Ajakirja_Uliopilasleht_toimetus, lk 29
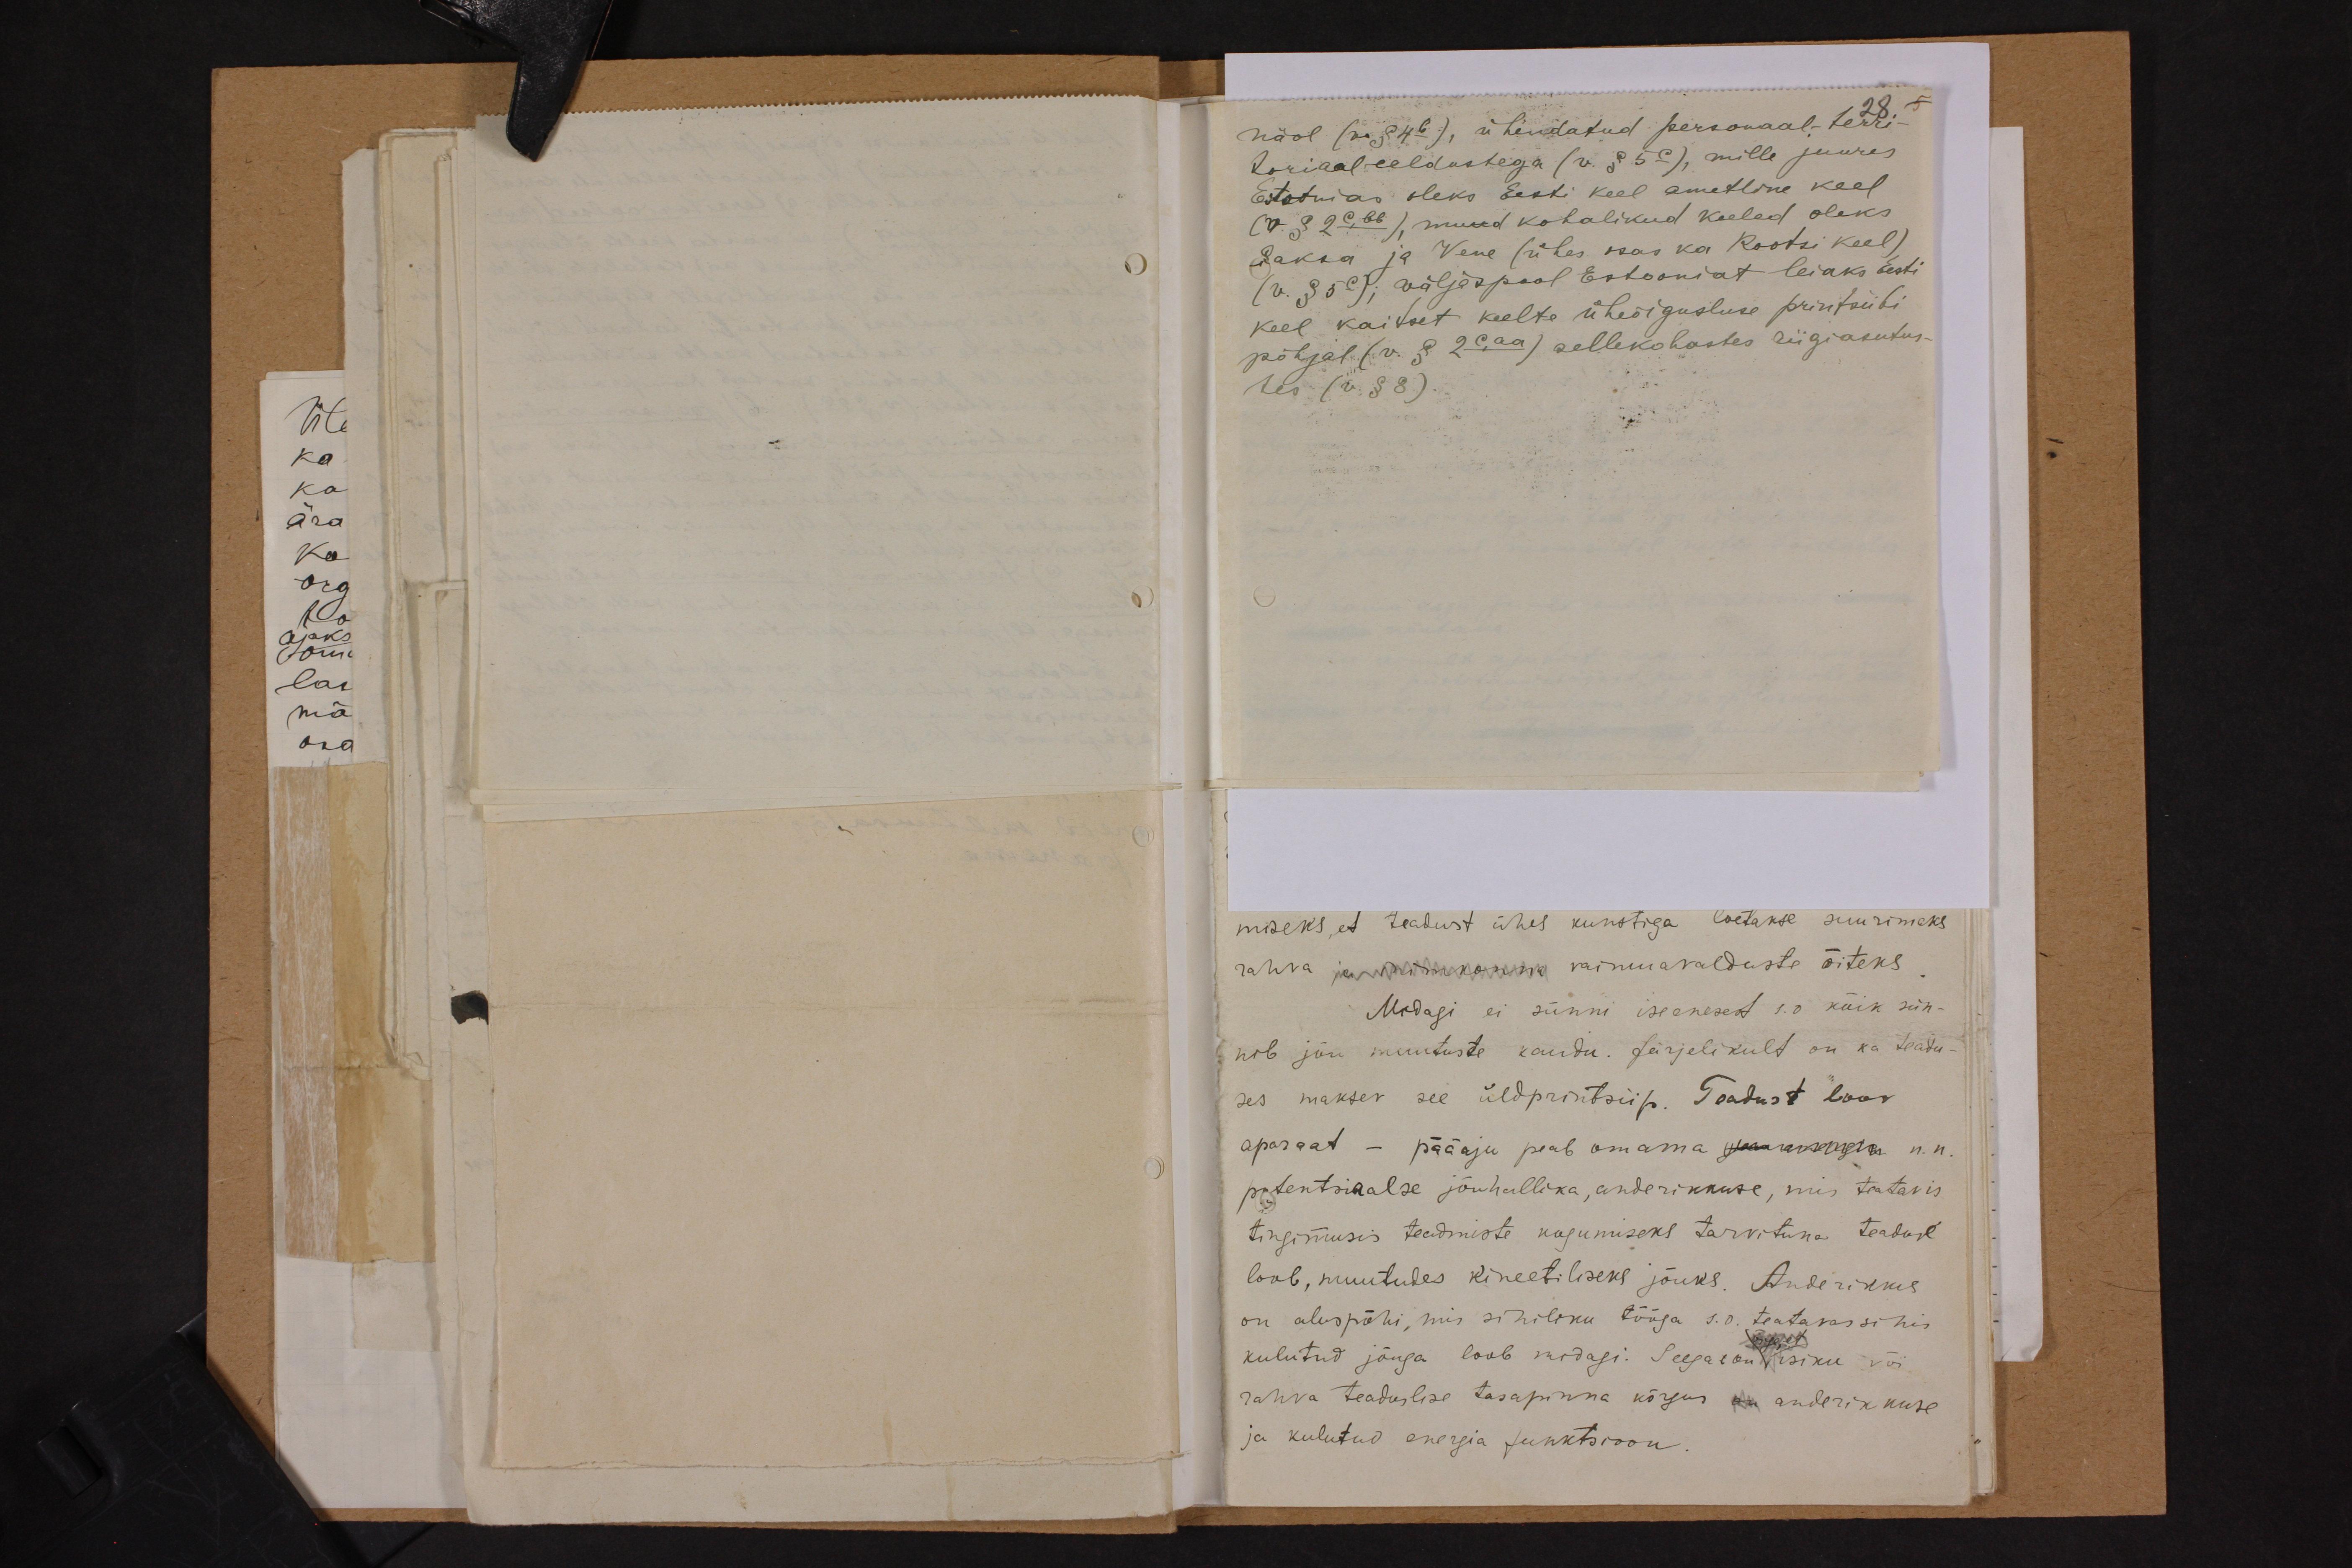
näol (v. § 4b), ühendatud personaal; terri-
toriaal eeldustega (v. § 5c), mille juures
Estonias oleks Eesti keel ametline keel
(v. § 2c,bb), muud kohalikud keeled oleks
Saksa ja Vene (ühes osas ka Rootsi keel),
(v. § 5c); väljaspool Estooniat leiaks Eesti
keel kaitset keelte üheõigusluse printsiibi
põhjal (v. § 2c,aa) sellekohastes riigiasutus-
tes (v. § 8).